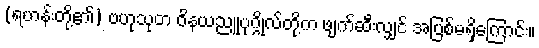
(ရဟန်းတို့၏) ဗဟုသုတ ဝိနယညူပုဂ္ဂိုလ်တို့က ဖျက်ဆီးလျှင် အပြစ်မရှိကြောင်း။